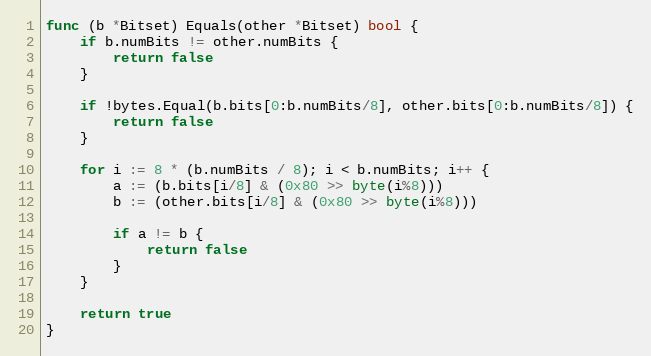
Language: Go
func (b *Bitset) Equals(other *Bitset) bool {
	if b.numBits != other.numBits {
		return false
	}

	if !bytes.Equal(b.bits[0:b.numBits/8], other.bits[0:b.numBits/8]) {
		return false
	}

	for i := 8 * (b.numBits / 8); i < b.numBits; i++ {
		a := (b.bits[i/8] & (0x80 >> byte(i%8)))
		b := (other.bits[i/8] & (0x80 >> byte(i%8)))

		if a != b {
			return false
		}
	}

	return true
}